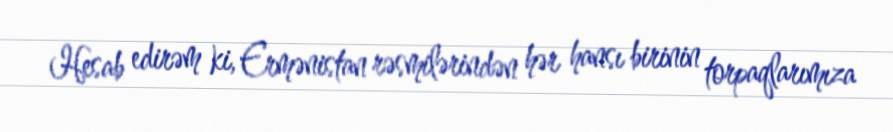
Hesab edirəm ki, Ermənistan rəsmilərindən hər hansı birinin torpaqlarımıza